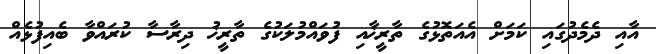
އާއި ދެމެދުގައި ކަމަށް އެއަތޮޅުގެ ތާރީޚާއި ފުވައްމުލަކުގެ ތާރީޚު ދިރާސާ ކުރައްވާ ބެއިފުޅެއް